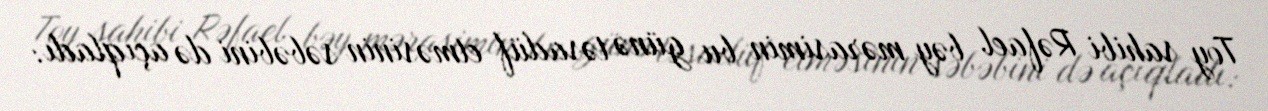
Toy sahibi Rəfael bəy mərasimin bu günə təsadüf etməsinin səbəbini də açıqladı: